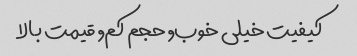
کیفیت خیلی خوب, حجم کم, قیمت بالا